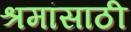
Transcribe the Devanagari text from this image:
श्रमांसाठी